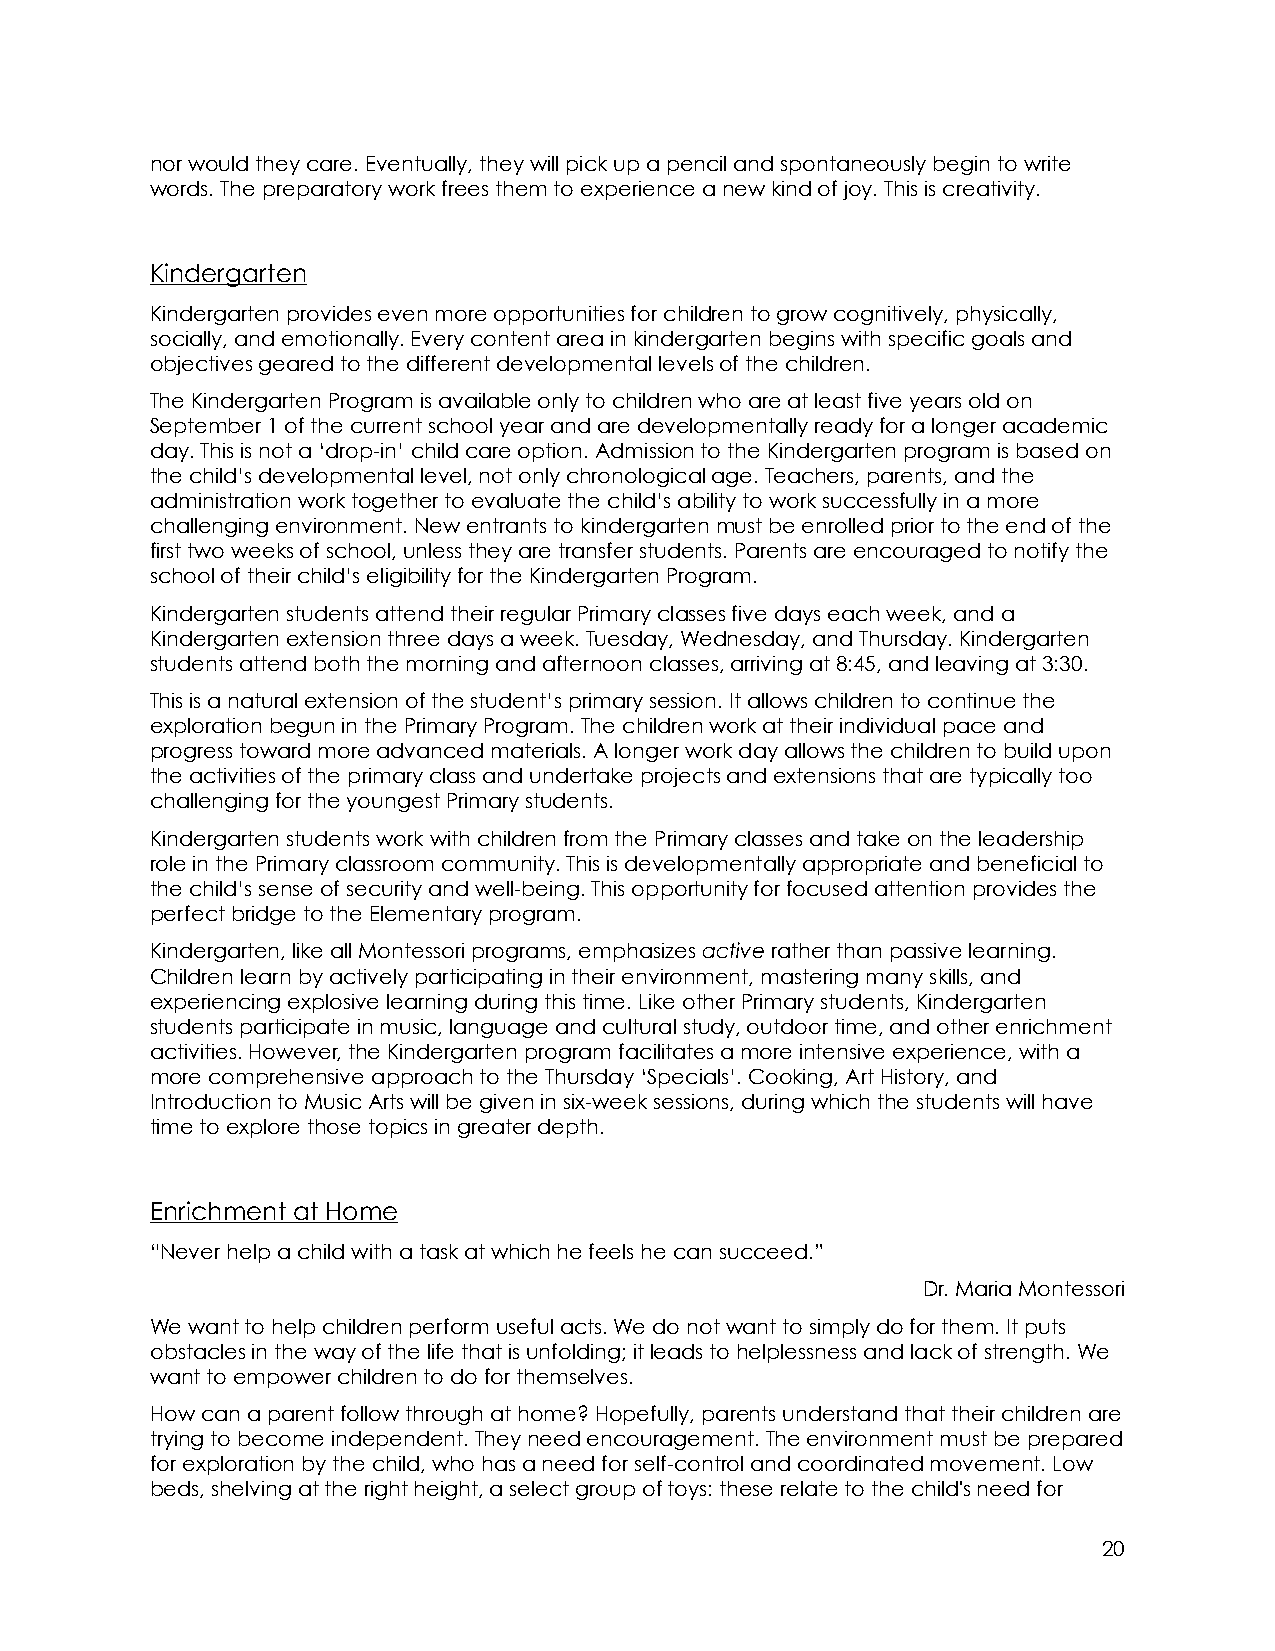
nor would they care. Eventually, they will pick up a pencil and spontaneously begin to write
 words. The preparatory work frees them to experience a new kind of joy. This is creativity.
 Kindergarten
 Kindergarten provides even more opportunities for children to grow cognitively, physically,
 socially, and emotionally. Every content area in kindergarten begins with specific goals and
 objectives geared to the different developmental levels of the children.
 The Kindergarten Program is available only to children who are at least five years old on
 September 1 of the current school year and are developmentally ready for a longer academic
 day. This is not a ‘drop-in’ child care option. Admission to the Kindergarten program is based on
 the child’s developmental level, not only chronological age. Teachers, parents, and the
 administration work together to evaluate the child’s ability to work successfully in a more
 challenging environment. New entrants to kindergarten must be enrolled prior to the end of the
 first two weeks of school, unless they are transfer students. Parents are encouraged to notify the
 school of their child’s eligibility for the Kindergarten Program.
 Kindergarten students attend their regular Primary classes five days each week, and a
 Kindergarten extension three days a week. Tuesday, Wednesday, and Thursday. Kindergarten
 students attend both the morning and afternoon classes, arriving at 8:45, and leaving at 3:30.
 This is a natural extension of the student’s primary session. It allows children to continue the
 exploration begun in the Primary Program. The children work at their individual pace and
 progress toward more advanced materials. A longer work day allows the children to build upon
 the activities of the primary class and undertake projects and extensions that are typically too
 challenging for the youngest Primary students.
 Kindergarten students work with children from the Primary classes and take on the leadership
 role in the Primary classroom community. This is developmentally appropriate and beneficial to
 the child’s sense of security and well-being. This opportunity for focused attention provides the
 perfect bridge to the Elementary program.
 Kindergarten, like all Montessori programs, emphasizes active rather than passive learning.
 Children learn by actively participating in their environment, mastering many skills, and
 experiencing explosive learning during this time. Like other Primary students, Kindergarten
 students participate in music, language and cultural study, outdoor time, and other enrichment
 activities. However, the Kindergarten program facilitates a more intensive experience, with a
 more comprehensive approach to the Thursday ‘Specials’. Cooking, Art History, and
 Introduction to Music Arts will be given in six-week sessions, during which the students will have
 time to explore those topics in greater depth.
 Enrichment at Home
 “Never help a child with a task at which he feels he can succeed.”
 Dr. Maria Montessori
 We want to help children perform useful acts. We do not want to simply do for them. It puts
 obstacles in the way of the life that is unfolding; it leads to helplessness and lack of strength. We
 want to empower children to do for themselves.
 How can a parent follow through at home? Hopefully, parents understand that their children are
 trying to become independent. They need encouragement. The environment must be prepared
 for exploration by the child, who has a need for self-control and coordinated movement. Low
 beds, shelving at the right height, a select group of toys: these relate to the child's need for
 20